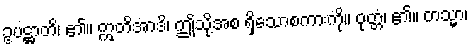
ဥပဋ္ဌာတိ၊ ၏။ ဣတိအာဒိ၊ ဤသို့အစ ရှိသောစကားကို။ ဝုတ္တံ၊ ၏။ တသ္မာ၊